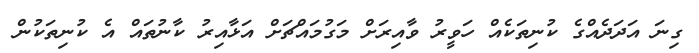
ގިނަ އަދަދެއްގެ ކުނިތަކެއް ހަވީރު ވާއިރަށް މަގުމައްޗަށް އަޅާއިރު ކާނުތައް އެ ކުނިތަކުން